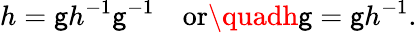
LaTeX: h=\mathsf{g}h^{-1}\mathsf{g}^{-1}\quad\mathrm{{or}}\quadh\mathsf{g}=\mathsf{g}h^{-1}.